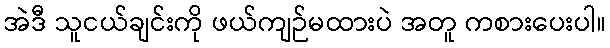
အဲဒီ သူငယ်ချင်းကို ဖယ်ကျဉ်မထားပဲ အတူ ကစားပေးပါ။